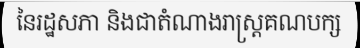
នៃរដ្ឋសភា និងជាតំណាងរាស្ត្រគណបក្ស